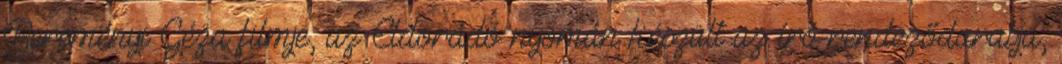
Bereményi Géza filmje, az Eldorádó nyomán készült az író-rendeződarabja,